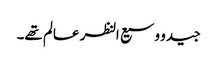
جید و وسیع النظر عالم تھے۔